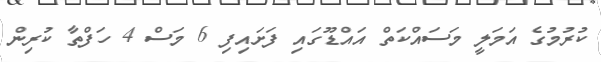
ކުރުމުގެ އަމަލީ މަސައްކަތް އައްޑޫގައި ފަށައިފި 6 މަސް 4 ހަފްތާ ކުރިން